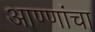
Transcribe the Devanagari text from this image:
आण्णांचा